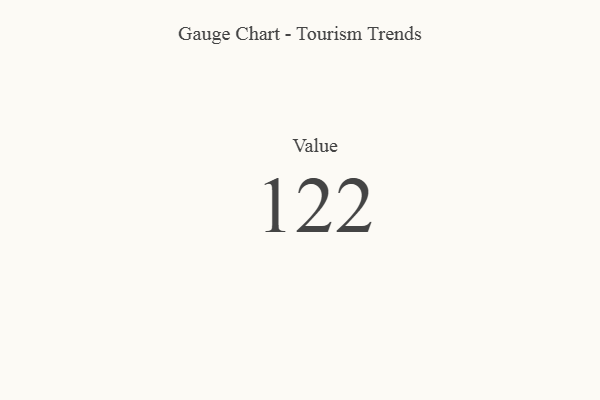
{"axis": {"x": "Metric", "y": "Value"}, "legend": [""], "data": [{"x": "Value", "y": 122, "type": ""}]}